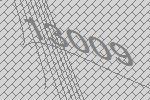
13009